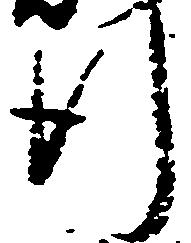
行